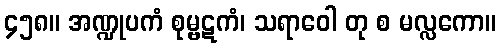
၄၅၈။ အဏ္ဍုပကံ စုမ္ဗဋကံ၊ သရာဝေါ တု စ မလ္လကော။